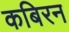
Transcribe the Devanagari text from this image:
कबिरन